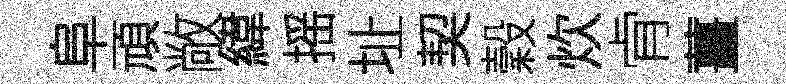
阜頑敞緯摇址契穀炊肻薑